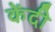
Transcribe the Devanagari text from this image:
केंदी